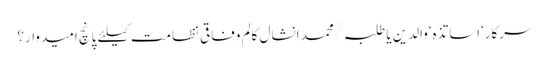
سرکار‘اساتذہ‘والدین یا طلبہ/محمد انشال	کالم	وفاقی نظامت کیلئے پانچ امیدوار؟